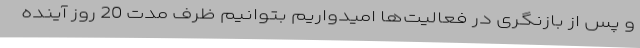
و پس از بازنگری در فعالیت‌ها امیدواریم بتوانیم ظرف مدت 20 روز آینده